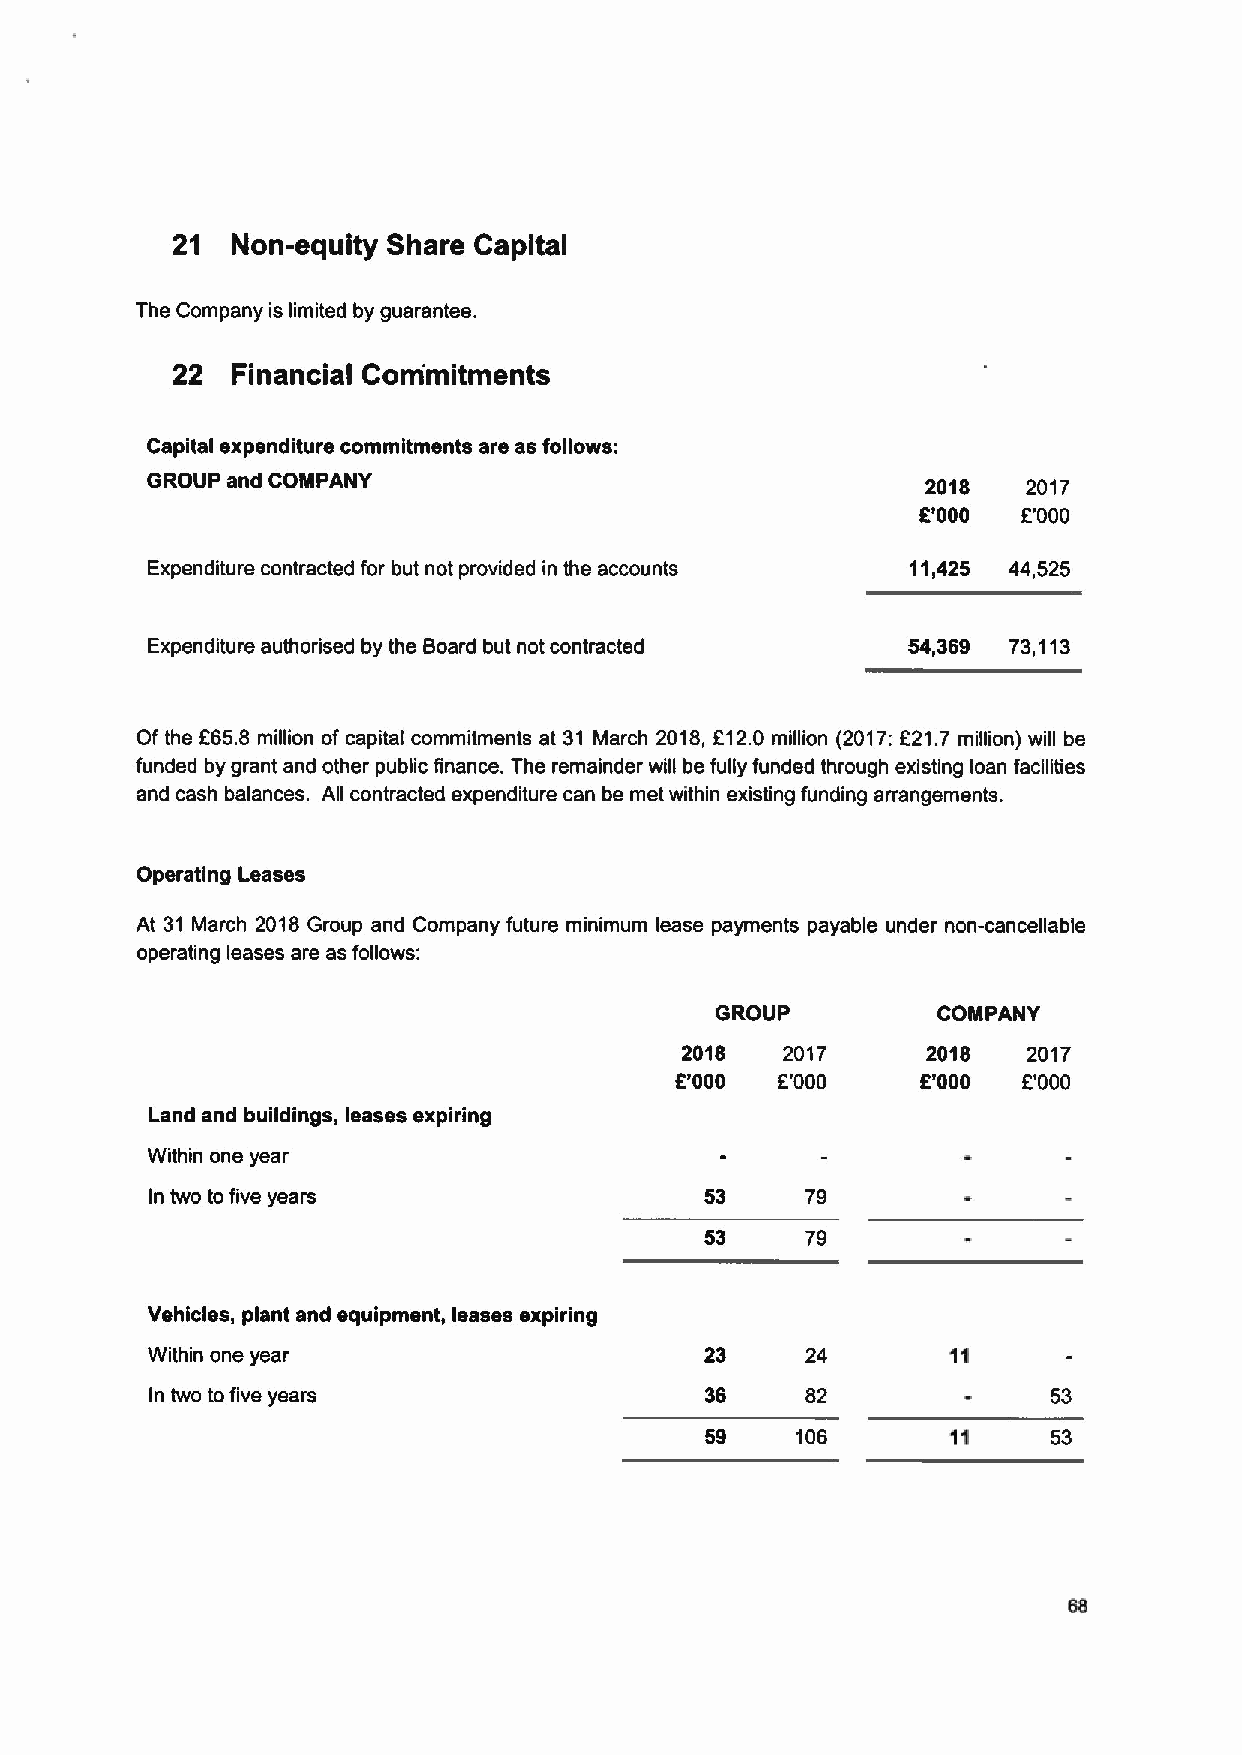
21  Non-equity Share Capital
 The Company is limited by guarantee.
 22  Financial Com'mitments
 Capital expenditure commitments are as follows:
 GROUP and COMPANY                                  2018   2017
 E'000  E'000
 Expenditure contracted for but not provided in the accounts 11,425 44,525
 Expenditure authorised by the Board but not contracted 54,369 73,113
 Of the E65.8 million of capital commitments at 31 March 2018, E12.0 million (2017:E21.7 million) will be
 funded by grant and other public finance. The remainder will be fully funded through existing loan facilities
 and cash balances. All contracted expenditure can be met within existing funding arrangements.
 Operating Leases
 At 31 March 2018 Group and Company future minimum lease payments payable under non-cancellable
 operating leases are as follows:
 GROUP          COMPANY
 2018   2017     2018   2017
 E'000 E'000     E'000  E'000
 Land and buildings, leases expiring
 Within one year
 In two to five years                 53    79
 53    79
 Vehicles, plant and equipment, leases expiring
 Within one year                      23    24
 In two tofive years                  36    82               53
 59    106       11     53